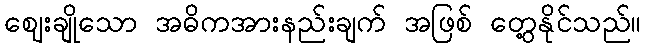
ဈေးချိုသော အဓိကအားနည်းချက် အဖြစ် တွေ့နိုင်သည်။